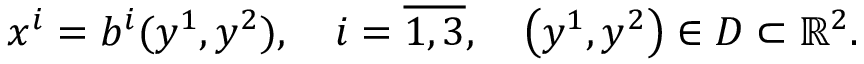
x ^ { i } = b ^ { i } ( y ^ { 1 } , y ^ { 2 } ) , \quad i = \overline { { 1 , 3 } } , \quad \left( y ^ { 1 } , y ^ { 2 } \right) \in D \subset \mathbb { R } ^ { 2 } .